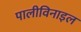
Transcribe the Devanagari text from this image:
पालीविनाइल